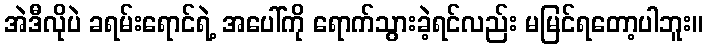
အဲဒီလိုပဲ ခရမ်းရောင်ရဲ့ အပေါ်ကို ရောက်သွားခဲ့ရင်လည်း မမြင်ရတော့ပါဘူး။